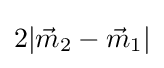
2|{\vec {m}}_{2}-{\vec {m}}_{1}|